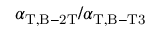
\alpha _ { \mathrm { T } , \mathrm { B - 2 T } } / \alpha _ { \mathrm { T } , \mathrm { B - T 3 } }